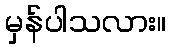
မှန်ပါသလား။